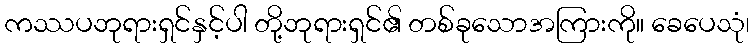
ကဿပဘုရားရှင်နှင့်ပါ တို့ဘုရားရှင်၏ တစ်ခုသောအကြားကို။ ခေပေသုံ၊